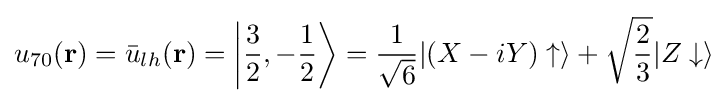
u_{70}(\mathbf {r} )={\bar {u}}_{lh}(\mathbf {r} )=\left|{\frac {3}{2}},-{\frac {1}{2}}\right\rangle ={\frac {1}{\sqrt {6}}}|(X-iY)\uparrow \rangle +{\sqrt {\frac {2}{3}}}|Z\downarrow \rangle